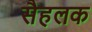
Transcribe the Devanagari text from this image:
सैहलक